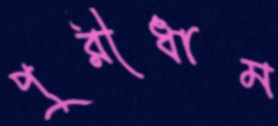
পুরীধাম